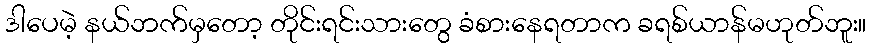
ဒါပေမဲ့ နယ်ဘက်မှတော့ တိုင်းရင်းသားတွေ ခံစားနေရတာက ခရစ်ယာန်မဟုတ်ဘူး။